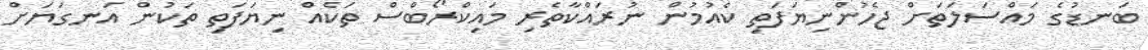
ބަނޑުގެ މައްސަލަތަށް ޖެހުންނިޔަފަތި ކެއުމުން ނުރައްކާތެރި މައިކްރޯބްސް ތަކެއް ނިޔަފަތި ތަކުން އަނގަޔަށް